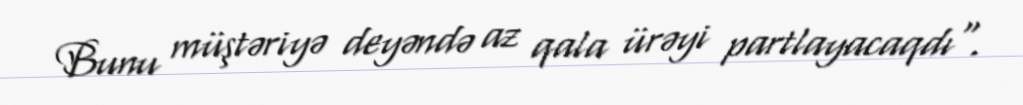
Bunu müştəriyə deyəndə az qala ürəyi partlayacaqdı".